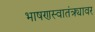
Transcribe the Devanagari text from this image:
भाषणस्वातंत्र्यावर